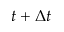
t + \Delta t